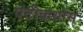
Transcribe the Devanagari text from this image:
एंटीकथोंस